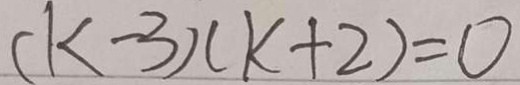
( k - 3 ) ( k + 2 ) = 0